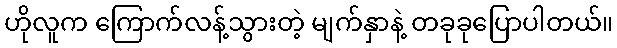
ဟိုလူက ကြောက်လန့်သွားတဲ့ မျက်နှာနဲ့ တခုခုပြောပါတယ်။